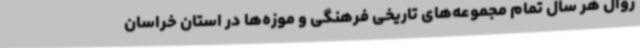
روال هر سال تمام مجموعه‌های تاریخی فرهنگی و موزه‌ها در استان خراسان